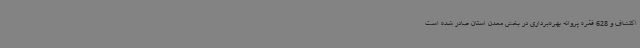
اکتشاف و 628 فقره پروانه بهره‌برداری در بخش معدن استان صادر شده است